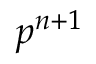
p ^ { n + 1 }